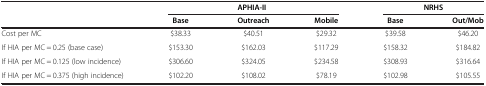
|  |  | APHIA-II |  | <COLSPAN=2> NRHS |
 |  | Base | Outreach | Mobile | Base | Out/Mob |
 | --- | --- | --- | --- | --- | --- |
 | Cost per MC | $38.33 | $40.51 | $29.32 | $39.58 | $46.20 |
 | If HIA per MC = 0.25 (base case) | $153.30 | $162.03 | $117.29 | $158.32 | $184.82 |
 | If HIA per MC = 0.125 (low incidence) | $306.60 | $324.05 | $234.58 | $308.93 | $316.64 |
 | If HIA per MC = 0.375 (high incidence) | $102.20 | $108.02 | $78.19 | $102.98 | $105.55 |